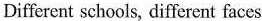
Different schools, different faces